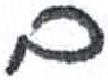
אות: ם